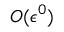
{ \cal O } ( \epsilon ^ { 0 } )